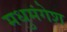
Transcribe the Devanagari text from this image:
मधुमंगेश